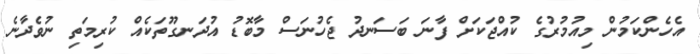
އެހެންކަމުން މިއުމުރުގެ ކުއްޖަކަށް ފާނަ ބަސަނދު ޖެހުނަސް މާބޮޑު އުދަނގޫތަކެއް ކުރިމަތި ނުވެދާނެ